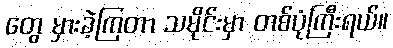
တွေ မှားခဲ့ကြတာ သမိုင်းမှာ တစ်ပုံကြီးရယ်။